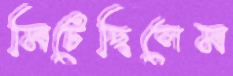
মিটেছিলেম